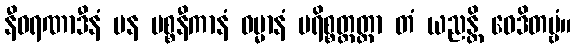
နီဝရဏာဒီနံ ပန ပစ္စနီကာနံ ဓမ္မာနံ ပရိစ္စတ္တတ္တာ တံ ယညန္တိ ဝေဒိတဗ္ဗံ။